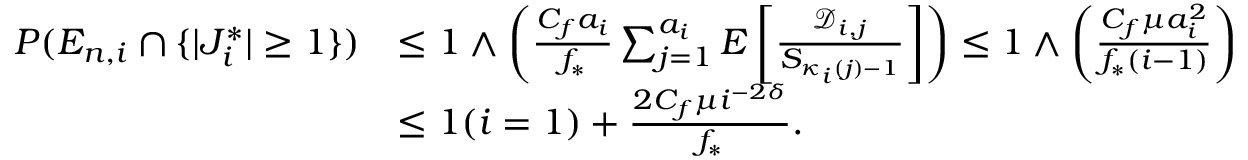
\begin{array} { r l } { P ( E _ { n , i } \cap \{ | J _ { i } ^ { * } | \geq 1 \} ) } & { \leq 1 \wedge \left( \frac { C _ { f } a _ { i } } { f _ { * } } \sum _ { j = 1 } ^ { a _ { i } } E \left[ \frac { \mathcal { D } _ { i , j } } { S _ { \kappa _ { i } ( j ) - 1 } } \right] \right) \leq 1 \wedge \left( \frac { C _ { f } \mu a _ { i } ^ { 2 } } { f _ { * } ( i - 1 ) } \right) } \\ & { \leq 1 ( i = 1 ) + \frac { 2 C _ { f } \mu i ^ { - 2 \delta } } { f _ { * } } . } \end{array}